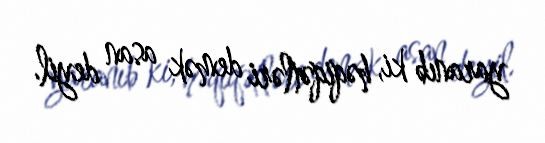
yaranıb ki, həqiqətləri demək asan deyil.